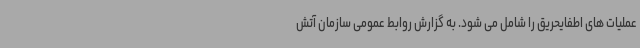
عملیات های اطفایحریق را شامل می شود. به گزارش روابط عمومی سازمان آتش